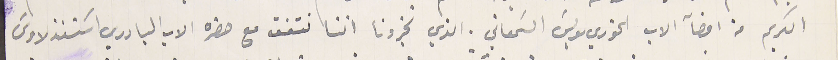
الكريم من امضآ الاب الخوري بولسَ السَمعاني. الذي تخبرونا اننا نتفق مع حضرة الاب البادري استنذلاوسَ